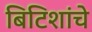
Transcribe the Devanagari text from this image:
बिटिशांचे